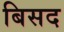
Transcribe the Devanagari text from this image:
बिसद